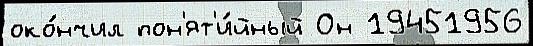
око́нчил пон'ят'и́йный Он 19451956